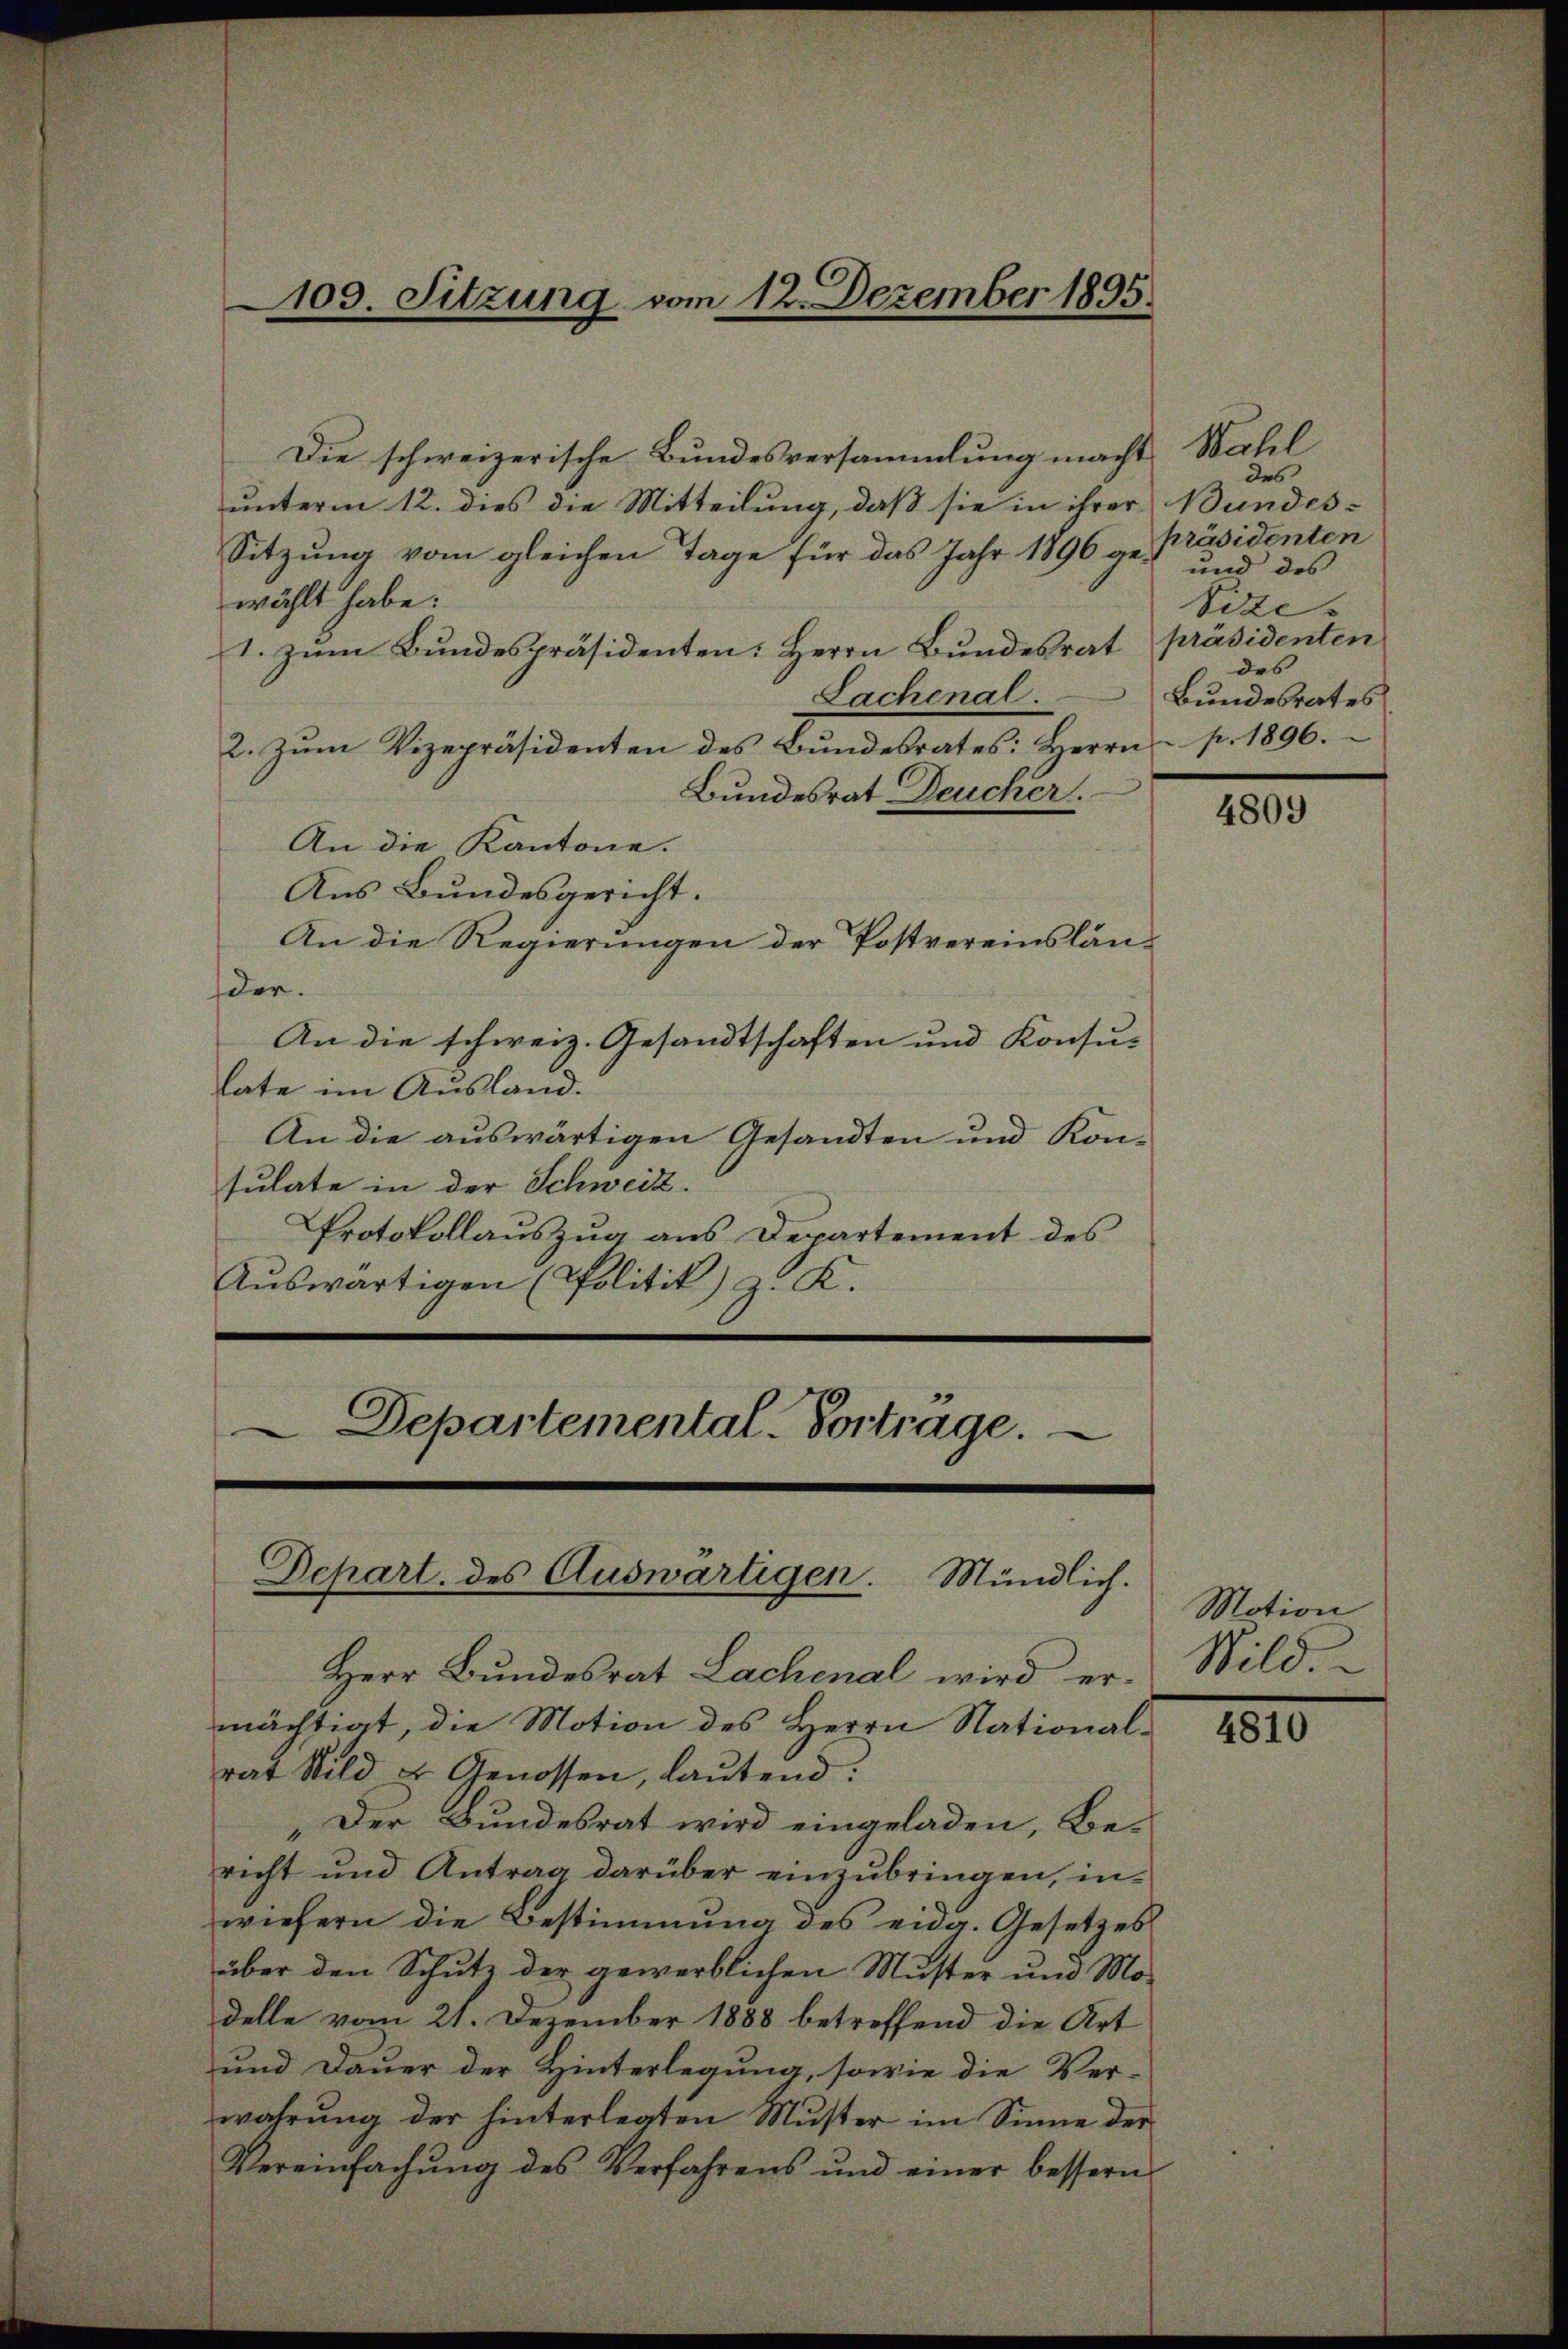
109. Sitzung vom 12. Dezember 1895.

Herr Bundesrat Lachenal wird er-
mächtigt, die Motion des Herrn Nationalrat Bild u. Genossen, lautend:
„Der Bundesrat wird eingeladen, Bericht und Antrag darüber einzubringen, inwiefern die Bestimmung des eidg. Gesetzes
über den Schutz der gewerblichen Müster und Mo-
delle vom 21. Dezember 1888 betreffend die Art
und Dauer der Hinterlegung, sowie die Ver-
wahrung der hinterlegten Muster im Sinne der
Vereinfachŭng des Verfahrens und einer bessern

Die schweizerische Bundesversammlung macht. Wahl
unterm 12. dies die Mitteilung, daß sie in ihrer Bundes¬
Sitzung vom gleichen Tage für das Jahr 1896 gewählt habe:
1. zŭm Bŭndespräsidenten: Herrn Bundesrat präsidenten
Lachenal.
2. Zŭm Vizepräsidenten des Bŭndesrates: Herrn pr. 1896.
Bundesrat Deucher.
An die Kantone.
Aus Bundesgericht.
An die Regierungen der Postvereinsländer.
An die schweiz. Gesandtschaften und Konsus
late im Ausland.
An die auswärtigen Gesandten und Konsulate in der Schweiz.
Protokollauszug aus Departement des
Auswärtigen (Politik) z. K.

Departemental. Vortrage.
Depart. des Auswärtigen. Mündlich.

des
präsidenten
und des
Vize-
des
Bundesrates

4809

Motion
Wild.

4810